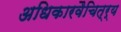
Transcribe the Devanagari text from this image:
अधिकारवैचित्र्य